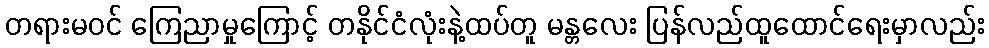
တရားမဝင် ကြေညာမှုကြောင့် တနိုင်ငံလုံးနဲ့ထပ်တူ မန္တလေး ပြန်လည်ထူထောင်ရေးမှာလည်း